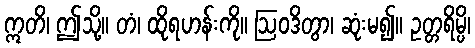
ဣတိ၊ ဤသို့။ တံ၊ ထိုရဟန်းကို။ ဩဝဒိတွာ၊ ဆုံးမ၍။ ဥတ္တရိမ္ပိ၊